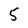
Character: 5